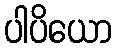
ပါပိယော